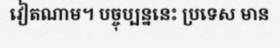
វៀតណាម។ បច្ចុប្បន្ននេះ ប្រទេស មាន